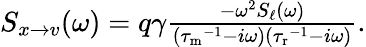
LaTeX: \begin{array}{r}{S_{x\to v}(\omega)=q\gamma\frac{-\omega^{2}S_{\ell}(\omega)}{({\tau_{\mathrm{m}}}^{-1}-i\omega)({\tau_{\mathrm{r}}}^{-1}-i\omega)}.}\end{array}